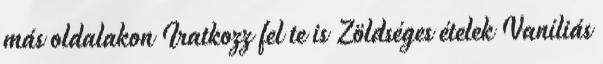
más oldalakon Iratkozz fel te is Zöldséges ételek Vaníliás